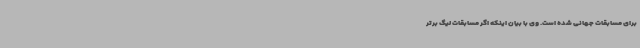
برای مسابقات جهانی شده است. وی با بیان اینکه اگر مسابقات لیگ برتر